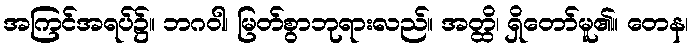
အကြင်အရပ်၌။ ဘဂဝါ၊ မြတ်စွာဘုရားလည်။ အတ္ထိ၊ ရှိတော်မူ၏။ တေန၊